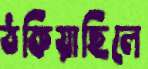
ঠকিয়াছিলে